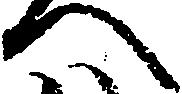
へ